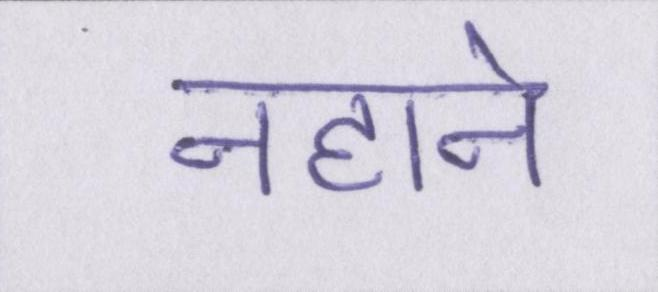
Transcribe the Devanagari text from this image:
नहाने